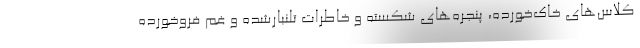
کلاس‌های خاک‌خورده، پنجره‌های شکسته و خاطرات تلنبارشده و غم فروخورده‌